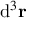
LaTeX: \mathrm { d } ^ { 3 } \mathbf { r }